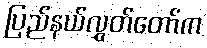
ပြည်နယ်လွှတ်တော်က